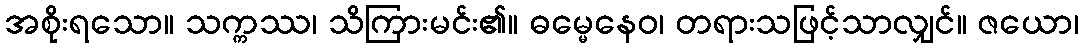
အစိုးရသော။ သက္ကဿ၊ သိကြားမင်း၏။ ဓမ္မေနေဝ၊ တရားသဖြင့်သာလျှင်။ ဇယော၊